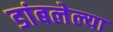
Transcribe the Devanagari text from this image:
डांबलेल्या